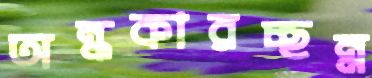
অন্ধকারচ্ছন্ন